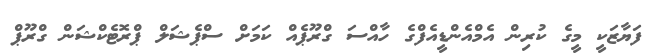
ފަޔާޒަކީ މީގެ ކުރިން އެމްއެންޑީއެފްގެ ހާއްސަ ގްރޫޕެއް ކަމަށް ސްޕެޝަލް ޕްރޮޓެކްޝަން ގްރޫޕް